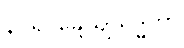
နဂရဝိန္ဒေယျသုဒ္ဓိကာ